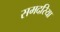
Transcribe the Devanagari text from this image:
समदरिया